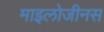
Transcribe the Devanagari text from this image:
माइलोजीनस